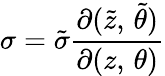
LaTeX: \sigma={\tilde{\sigma}}\frac{\partial({\tilde{z}},\, {\tilde{\theta}})}{\partial(z,\, \theta)}